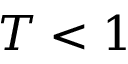
T < 1